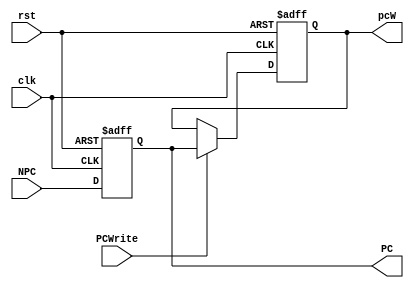
module PC( clk, rst, NPC, PC,pcW,PCWrite );

  input              clk;
  input              rst;
  input       [31:0] NPC;
  input       PCWrite;
  output reg  [31:0] PC;
  output reg  [31:0] pcW;
  always @(posedge clk, posedge rst)
    begin
    if (rst) begin
      PC = 32'h0000_0000;
      pcW=32'h0000_0000;
//      PC <= 32'h0000_3000;
     end
    else if(PCWrite)
      begin
      pcW = PC;
      PC = NPC;
      end
     else begin
        PC =NPC;
     end
    end
endmodule